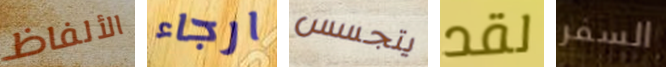
الألفاظ ارجاء يتجسس لقد السفر